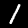
Digit: 1